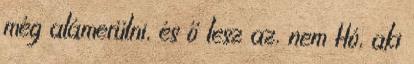
még alámerülni, és ő lesz az, nem Hó, aki